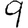
Digit: 9